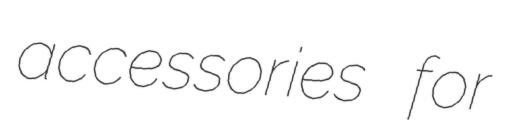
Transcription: accessories for